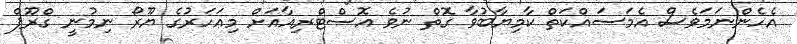
އެހެންނަމަވެސް އެމަސައްކަތް ކާމިޔާބުވާ ގޮތް ނުވެ އޮސްޓްރިއާއަށް މިއަހަރުގެ ޔޫރޯ ނިމުނީ ގްރޫޕް